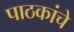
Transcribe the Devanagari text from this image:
पाठकांचे